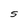
Character: S